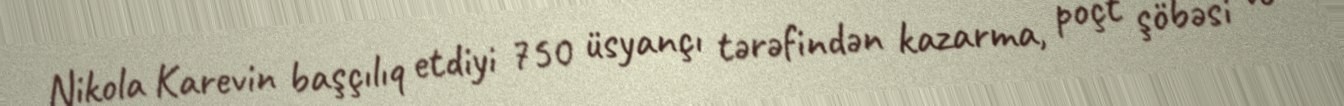
Nikola Karevin başçılıq etdiyi 750 üsyançı tərəfindən kazarma, poçt şöbəsi və